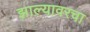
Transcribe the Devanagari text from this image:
झाल्यावरचा